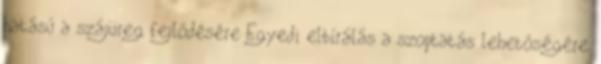
hatású a szájüreg fejlődésére Egyedi elbírálás a szoptatás lehetőségére